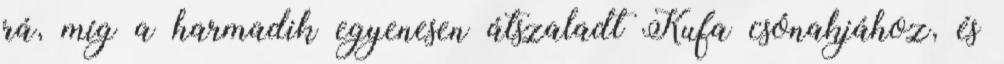
rá, míg a harmadik egyenesen átszaladt Kufa csónakjához, és